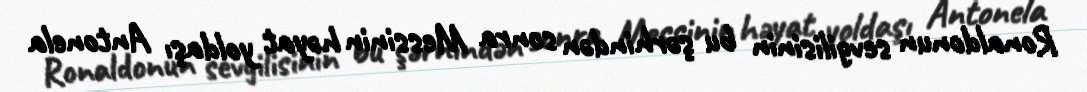
Ronaldonun sevgilisinin bu şərhindən sonra Messinin həyat yoldaşı Antonela